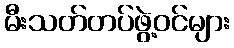
မီးသတ်တပ်ဖွဲ့ဝင်များ